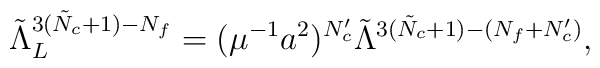
\tilde{\Lambda}_L^{3(\tilde{N}_c+1)-N_f}=(\mu^{-1}a^2)^{N_c'}     \tilde{\Lambda}^{3(\tilde{N}_c+1)-(N_f+N_c')},